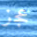
عجز